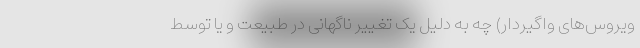
ویروس‌های واگیردار) چه به دلیل یک تغییر ناگهانی در طبیعت و یا توسط